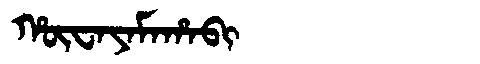
Manchu: ᡥᡡᠸᠠᠶᠠᠮᠠᡥᠠᠪᡳ
Romanization: HŪWAYAMAHABI